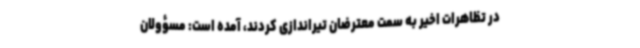
در تظاهرات اخیر به سمت معترضان تیراندازی کردند، آمده است: مسؤولان